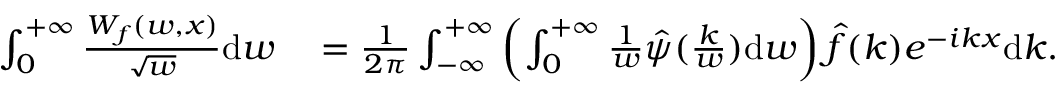
\begin{array} { r l } { \int _ { 0 } ^ { + \infty } \frac { W _ { f } ( w , x ) } { \sqrt { w } } \mathrm { d } w } & { { } = \frac { 1 } { 2 \pi } \int _ { - \infty } ^ { + \infty } \left( \int _ { 0 } ^ { + \infty } \frac { 1 } { w } \hat { \psi } ( \frac { k } { w } ) \mathrm { d } w \right) \hat { f } ( k ) e ^ { - i k x } \mathrm { d } k . } \end{array}